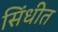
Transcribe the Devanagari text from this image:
सिंधीत